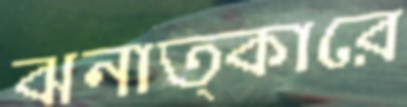
ঝনাত্কারে